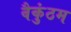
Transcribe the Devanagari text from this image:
वैकुंठम